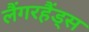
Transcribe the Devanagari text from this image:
लैंगरहैंड्स